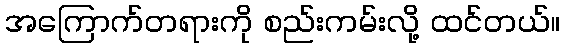
အကြောက်တရားကို စည်းကမ်းလို့ ထင်တယ်။